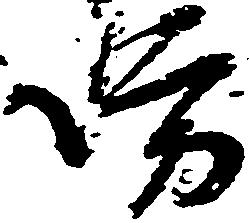
坊